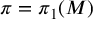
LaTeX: \pi = \pi _ { 1 } ( M )